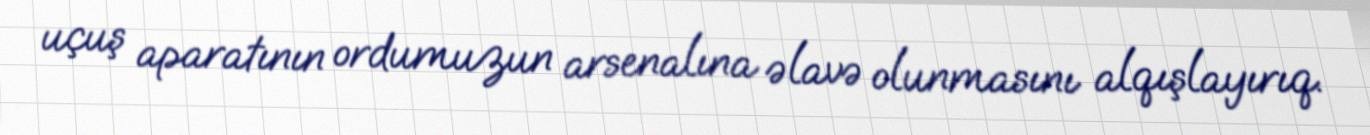
uçuş aparatının ordumuzun arsenalına əlavə olunmasını alqışlayırıq.